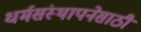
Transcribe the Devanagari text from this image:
धर्मसंस्थापनेसाठी